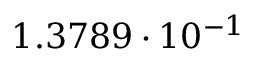
1 . 3 7 8 9 \cdot 1 0 ^ { - 1 }